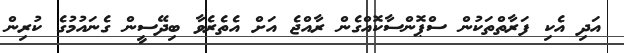
އަދި އެކި ފަރާތްތަކުން ސްޕޮންސާކޮއްގެން ރާއްޖެ އަށް އެތެރެވާ ބިދޭސީން ގެނައުމުގެ ކުރިން